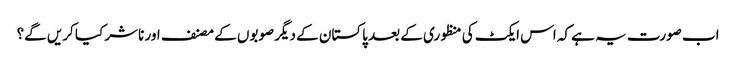
اب صورت یہ ہے کہ اس ایکٹ کی منظوری کے بعد پاکستان کے دیگر صوبوں کے مصنف اور ناشر کیا کریں گے؟